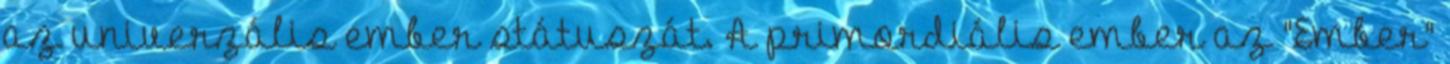
az univerzális ember státuszát. A primordiális ember az "Ember"